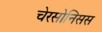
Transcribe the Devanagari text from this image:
चेरसोनिसस